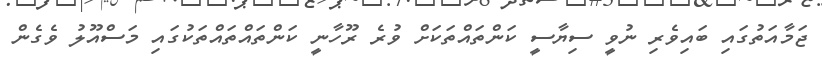
ޖަމާއަތުގައި ބައިވެރި ނުވީ ސިޔާސީ ކަންތައްތަކަށް ވުރެ ރޫހާނީ ކަންތައްތައްތަކުގައި މަސްއޫލު ވެގެން